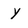
Character: Y